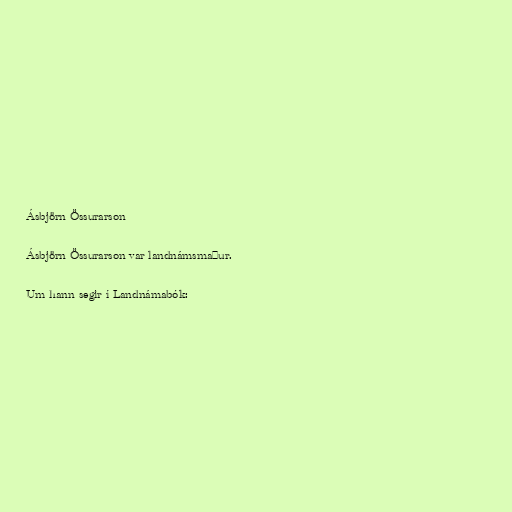
Ásbjörn Össurarson

Ásbjörn Össurarson var landnámsmaður.

Um hann segir í Landnámabók: